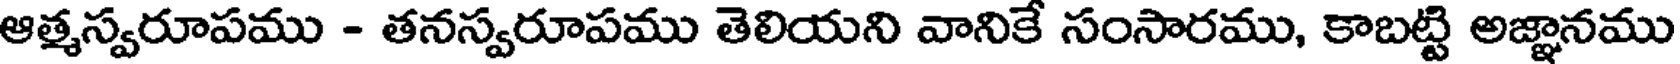
ఆత్మస్వరూపము - తనస్వరూపము తెలియని వానికే సంసారము, కాబట్టి అజ్ఞానము